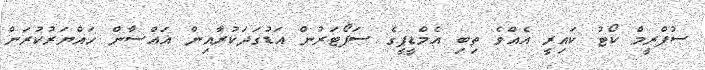
ސުޕްރީމް ކޯޓު ކައިރީ އެއްވެ ތިބި އެމްޑީޕީގެ ސަޕޯޓަރުން އަޑުގަދަކުރާއިން ޣައްސާން ހައްޔަރުކުރަން